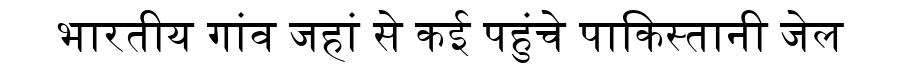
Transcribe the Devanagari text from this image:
भारतीय गांव जहां से कई पहुंचे पाकिस्तानी जेल